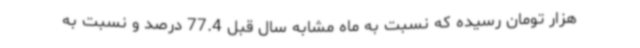
هزار تومان رسیده که نسبت به ماه مشابه سال قبل 77.4 درصد و نسبت به